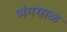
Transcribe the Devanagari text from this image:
भंगसाळ